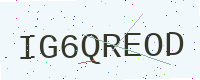
Text: IG6QREOD